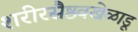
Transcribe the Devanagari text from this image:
शरीरसैष्ठवखेळाडू